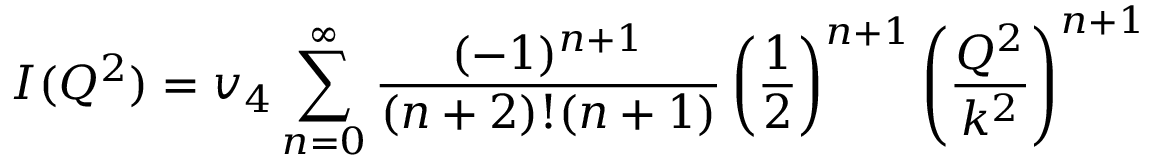
I ( Q ^ { 2 } ) = v _ { 4 } \sum _ { n = 0 } ^ { \infty } \frac { ( - 1 ) ^ { n + 1 } } { ( n + 2 ) ! ( n + 1 ) } \left( \frac { 1 } { 2 } \right) ^ { n + 1 } \left( \frac { Q ^ { 2 } } { k ^ { 2 } } \right) ^ { n + 1 }